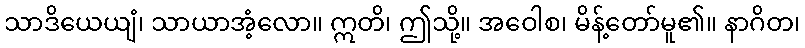
သာဒိယေယျံ၊ သာယာအံ့လော။ ဣတိ၊ ဤသို့။ အဝေါစ၊ မိန့်တော်မူ၏။ နာဂိတ၊